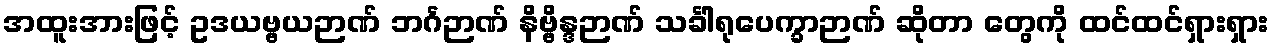
အထူးအားဖြင့် ဥဒယဗ္ဗယဉာဏ် ဘင်္ဂဉာဏ် နိဗ္ဗိန္ဒဉာဏ် သင်္ခါရုပေက္ခာဉာဏ် ဆိုတာ တွေကို ထင်ထင်ရှားရှား